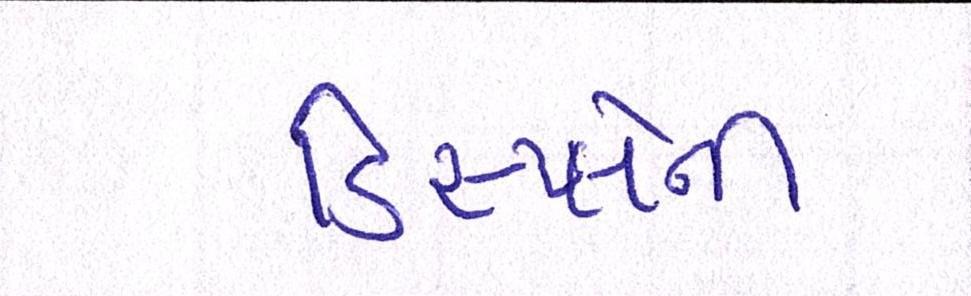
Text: ડિસ્પ્લેની